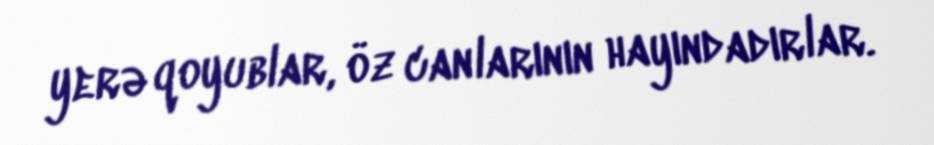
yerə qoyublar, öz canlarının hayındadırlar.